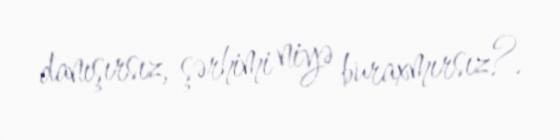
danışırsız, şərhimi niyə buraxmırsız?.